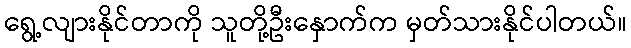
ရွေ့လျားနိုင်တာကို သူတို့ဦးနှောက်က မှတ်သားနိုင်ပါတယ်။